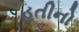
હતીનો